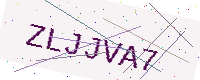
Text: ZLJJVA7